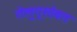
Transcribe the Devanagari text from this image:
तेलुगूसोबत